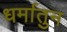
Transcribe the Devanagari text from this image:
धर्मातुन